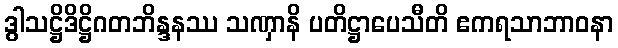
ဒွါသဋ္ဌိဒိဋ္ဌိဂတဘိန္ဒနဿ သဏှာနိ ပတိဋ္ဌာပေသီတိ ဧကရသာဘာဝနာ